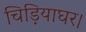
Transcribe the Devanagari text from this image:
चिड़ियाघर।